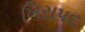
ખિરાપદ